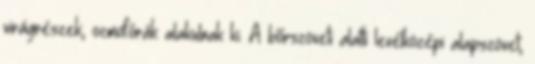
virágrészek, ozmofórák alakulnak ki. A bőrszöveti alatti levélközépi alapszövet,